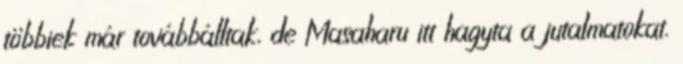
többiek már továbbálltak, de Masaharu itt hagyta a jutalmatokat.